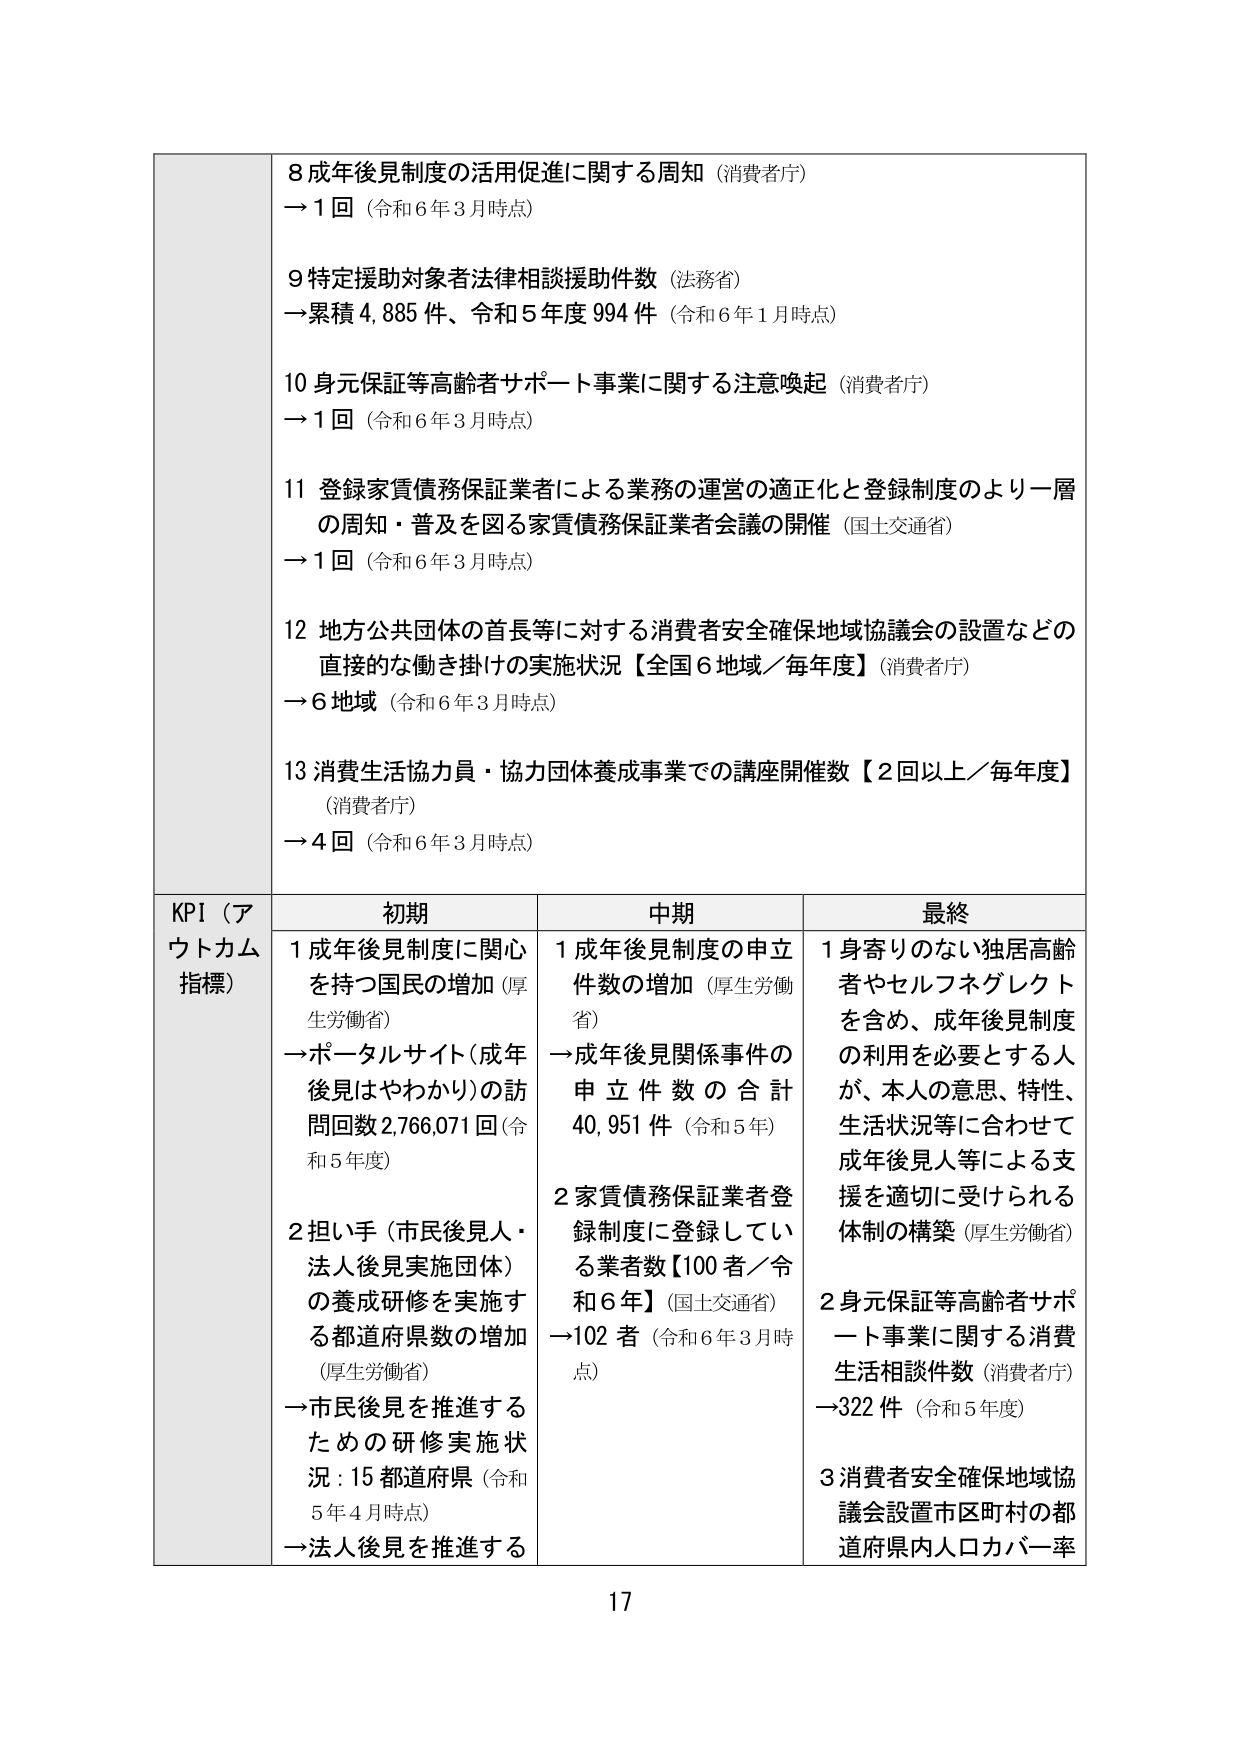
8 成年後見制度の活用促進に関する周知（消費者庁）
→1回（令和6年3月時点）

9 特定援助対象者法律相談援助件数（法務省）
→累積4,885件、令和5年度994件（令和6年1月時点）

10 身元保証等高齢者サポート事業に関する注意喚起（消費者庁）
→1回（令和6年3月時点）

11 登録家賃債務保証業者による業務の運営の適正化と登録制度のより一層の周知・普及を図る家賃債務保証業者会議の開催（国土交通省）
→1回（令和6年3月時点）

12 地方公共団体の首長等に対する消費者安全確保地域協議会の設置などの直接的な働き掛けの実施状況【全国6地域／毎年度】（消費者庁）
→6地域（令和6年3月時点）

13 消費生活協力員・協力団体養成事業での講座開催数【2回以上／毎年度】（消費者庁）
→4回（令和6年3月時点）

KPI（アウトカム指標）
初期
1 成年後見制度に関心を持つ国民の増加（厚生労働省）
→ポータルサイト（成年後見はやわかり）の訪問回数2,766,071回（令和5年度）
2 担い手（市民後見人・法人後見実施団体）の養成研修を実施する都道府県数の増加（厚生労働省）
→市民後見を推進するための研修実施状況：15都道府県（令和5年4月時点）
→法人後見を推進する

中期
1 成年後見制度の申立件数の増加（厚生労働省）
→成年後見関係事件の申立件数の合計40,951件（令和5年）
2 家賃債務保証業者登録制度に登録している業者数【100者／令和6年】（国土交通省）
→102者（令和6年3月時点）

最終
1 身寄りのない独居高齢者やセルフネグレクトを含め、成年後見制度の利用を必要とする人が、本人の意思、特性、生活状況等に合わせて成年後見人等による支援を適切に受けられる体制の構築（厚生労働省）
2 身元保証等高齢者サポート事業に関する消費生活相談件数（消費者庁）
→322件（令和5年度）
3 消費者安全確保地域協議会設置市区町村の都道府県内人口カバー率

17